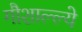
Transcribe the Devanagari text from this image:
गौशाल्ल्ये